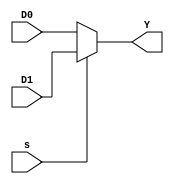
module Mux( 
		input  D0, D1, s,
		output Y
	);
	assign Y = s ? D1:D0;
endmodule